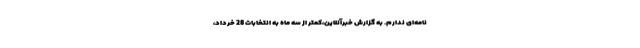
نامه‌ای ندارم. به گزارش خبرآنلاین،کمتر از سه ماه به انتخابات 28 خرداد،